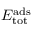
E _ { \mathrm { t o t } } ^ { \mathrm { a d s } }